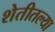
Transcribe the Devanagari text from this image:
शेतीतल्या